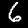
Digit: 6